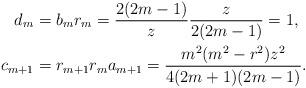
LaTeX: \begin{align*}d_{m} & =b_{m}r_{m}=\frac{2(2m-1)}{z}\frac{z}{2(2m-1)}=1,\\c_{m+1} & =r_{m+1}r_{m}a_{m+1}=\frac{m^{2}(m^{2}-r^{2})z^{2}}{4(2m+1)(2m-1)}.\end{align*}